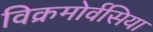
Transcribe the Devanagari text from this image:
विक्रमोर्वसिया